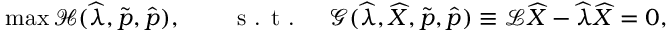
\operatorname* { m a x } \mathcal { H } ( \widehat { \lambda } , \widetilde { \boldsymbol { p } } , \widehat { \boldsymbol { p } } ) , \qquad \textrm { s . t . } \quad \mathcal { G } ( \widehat { \lambda } , \widehat { X } , \widetilde { \boldsymbol { p } } , \widehat { \boldsymbol { p } } ) \equiv \mathcal { L } \widehat { X } - \widehat { \lambda } \widehat { X } = 0 ,